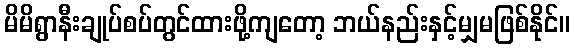
မိမိရွာနီးချုပ်စပ်တွင်ထားဖို့ကျတော့ ဘယ်နည်းနှင့်မျှမဖြစ်နိုင်။